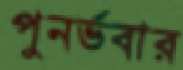
পুনর্ভবার